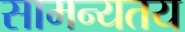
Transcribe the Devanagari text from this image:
सामन्यतय